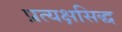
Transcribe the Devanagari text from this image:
प्रत्यक्षसिद्ध